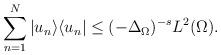
LaTeX: \begin{align*} \sum_{n=1}^N |u_n \rangle \langle u_n | \leq (-\Delta_{\Omega})^{-s} L^2(\Omega).\end{align*}